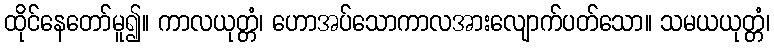
ထိုင်နေတော်မူ၍။ ကာလယုတ္တံ၊ ဟောအပ်သောကာလအားလျောက်ပတ်သော။ သမယယုတ္တံ၊